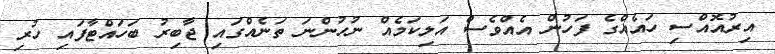
އިރުއޮއްސި ހައެއްގެ ފަހުން އެއްވެސް އަލިކަމެއް ނުހުންނަ ތަނެއްގައި ޖާބިރު ބަހައްޓާފައި ހުރި